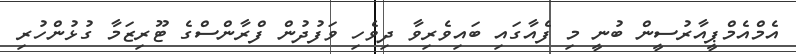
އެމްއެމްޕީއާރުސީން ބުނީ މި ފެއާގައި ބައިވެރިވާ ދިވެހި ވަފުދުން ފްރާންސްގެ ޓޫރިޒަމާ ގުޅުންހުރި